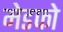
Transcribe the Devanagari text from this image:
मेडफो